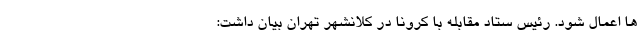
ها اعمال شود. رئیس ستاد مقابله با کرونا در کلانشهر تهران بیان داشت: